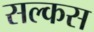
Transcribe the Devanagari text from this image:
सल्कस